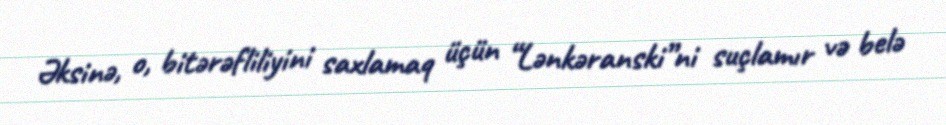
Əksinə, o, bitərəfliliyini saxlamaq üçün “Lənkəranski”ni suçlamır və belə